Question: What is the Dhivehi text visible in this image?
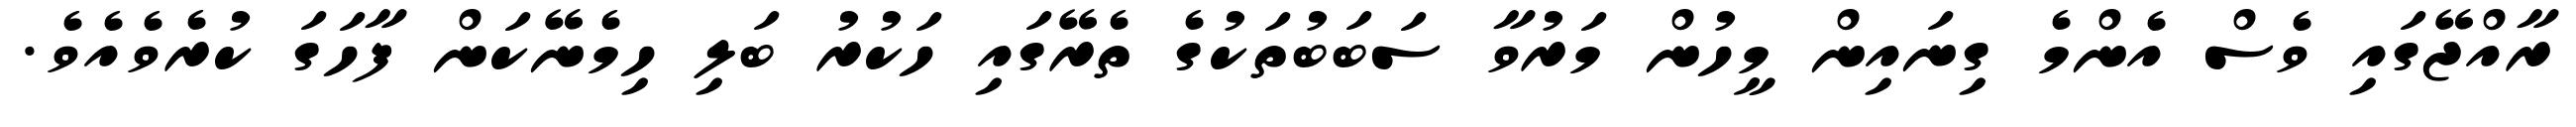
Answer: ރާއްޖޭގައި ވެސް އެންމެ ގިނައިން މީހުން މަރުވާ ސަބަބުތަކުގެ ތެރޭގައި ހަކުރު ބަލި ހިމެނޭކަން ފާހަގަ ކުރެވެއެވެ.